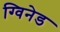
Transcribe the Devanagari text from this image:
ग्विनेड